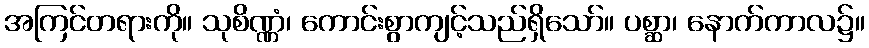
အကြင်တရားကို။ သုစိဏ္ဏံ၊ ကောင်းစွာကျင့်သည်ရှိသော်။ ပစ္ဆာ၊ နောက်ကာလ၌။